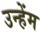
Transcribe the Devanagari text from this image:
उन्हेंम